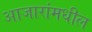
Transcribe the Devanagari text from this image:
आजारांमधील